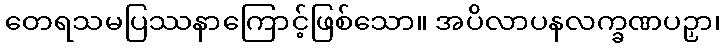
တေရသမပြဿနာကြောင့်ဖြစ်သော။ အပိလာပနလက္ခဏပဉှာ၊